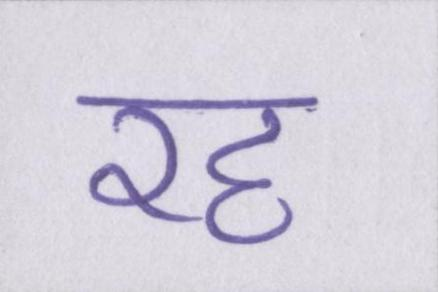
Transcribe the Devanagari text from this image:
रह